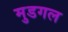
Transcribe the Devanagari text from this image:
मुडगल